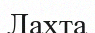
Лахта